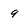
Character: 9